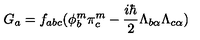
G _ { a } = f _ { a b c } ( \phi _ { b } ^ { m } \pi _ { c } ^ { m } - \frac { i \hbar } { 2 } \Lambda _ { b \alpha } \Lambda _ { c \alpha } )